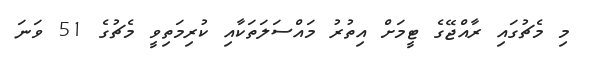
މި މެޗުގައި ރާއްޖޭގެ ޓީމަށް އިތުރު މައްސަލަތަކާއި ކުރިމަތިވީ މެޗުގެ 51 ވަނަ